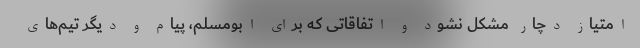
امتیاز دچار مشکل نشود و اتفاقاتی که برای ابومسلم، پیام و دیگر تیم‌های